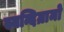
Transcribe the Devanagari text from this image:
स्यन्दिग्रामो